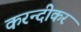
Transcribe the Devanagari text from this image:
करन्दीकर